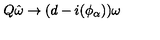
Q \hat { \omega } \to ( d - i ( \phi _ { \alpha } ) ) \omega